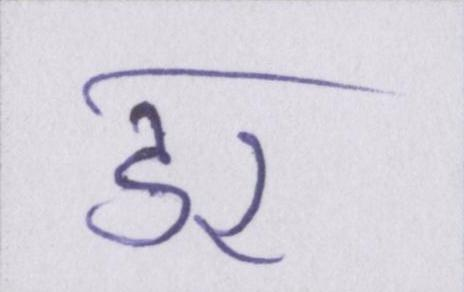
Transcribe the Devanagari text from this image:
डर